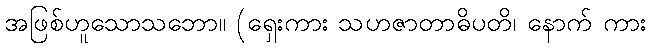
အဖြစ်ဟူသောသဘော။ (ရှေးကား သဟဇာတာဓိပတိ၊ နောက် ကား